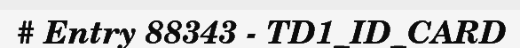
# Entry 88343 - TD1_ID_CARD